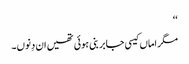
‘‘
مگر اماں کیسی جابر بنی ہوئی تھیں ان دِنوں۔